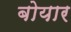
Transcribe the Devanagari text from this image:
बोयार